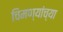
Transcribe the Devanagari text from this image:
चिमण्यांच्या